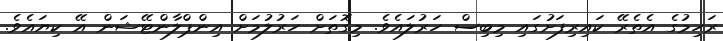
ރަހިމުގެ އެތެރޭ ކައިރިފަށުގައި މިބިސް ހަރުލައެވެ. މިގޮތަށް ހަރުލުމަށް އިންޕްލާންޓޭޝަން އޭ ކިޔައެވެ.